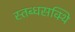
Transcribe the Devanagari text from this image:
स्तब्धसक्थि